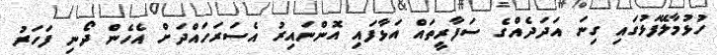
ހުޅުމާލޭފަޅުގައި ގިނަ އަދަދެއްގެ ސަފާރީތައް އަޅާފައި އޮންނައިރު އެސަރަހައްދަށް އެހެން ދޯނި ފަހަރު